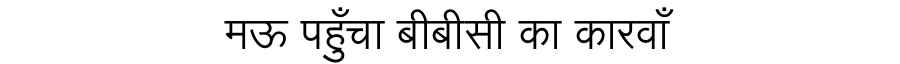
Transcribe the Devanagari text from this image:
मऊ पहुँचा बीबीसी का कारवाँ